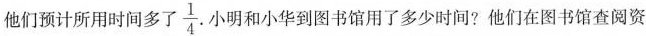
他们预计所用时间多了 \frac{1}{4} .小明和小华到图书馆用了多少时间?他们在图书馆查阅资